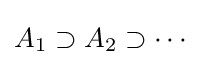
A_{1}\supset A_{2}\supset \cdots